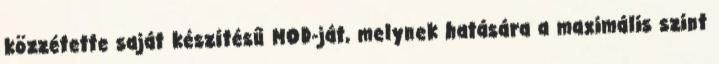
közzétette saját készítésű MOD-ját, melynek hatására a maximális szint